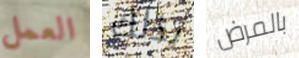
العمل بذلك بالمرض